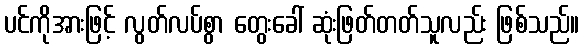
ပင်ကိုအားဖြင့် လွတ်လပ်စွာ တွေးခေါ် ဆုံးဖြတ်တတ်သူလည်း ဖြစ်သည်။